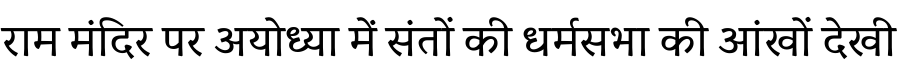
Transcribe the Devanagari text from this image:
राम मंदिर पर अयोध्या में संतों की धर्मसभा की आंखों देखी